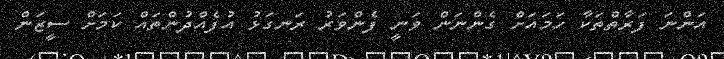
އަންނަ ފަރާތްތަކާ ހަމައަށް ގެންނަން ވަނީ ފެންވަރު ރަނގަޅު އުފެއްދުންތައް ކަމަށް ސީޒަން